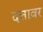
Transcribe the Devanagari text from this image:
दत्तावर